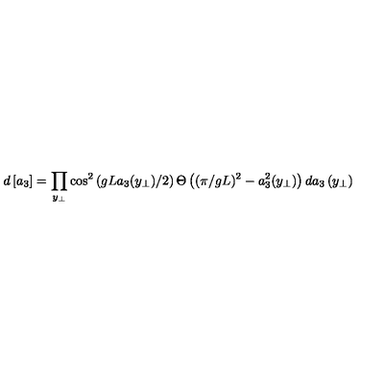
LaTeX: d \left[ a _ { 3 } \right] = \prod _ { y _ { \perp } } \cos ^ { 2 } \left( g L a _ { 3 } ( y _ { \perp } ) / 2 \right) \Theta \left( ( \pi / g L ) ^ { 2 } - a _ { 3 } ^ { 2 } ( y _ { \perp } ) \right) d a _ { 3 } \left( y _ { \perp } \right)